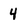
Character: 4